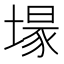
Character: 𮰬